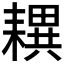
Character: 𦔜